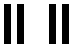
။ ။